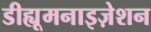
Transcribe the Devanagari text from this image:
डीह्यूमनाइज़ेशन